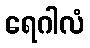
ရေဂါလံ